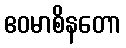
ဧဝမာစိနတော